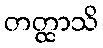
တတ္ထာသိ